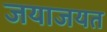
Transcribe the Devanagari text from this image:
जयाजयत